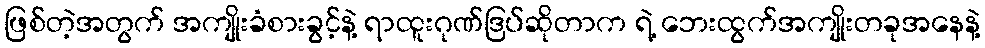
ဖြစ်တဲ့အတွက် အကျိုးခံစားခွင့်နဲ့ ရာထူးဂုဏ်ဒြပ်ဆိုတာက ရဲ့ ဘေးထွက်အကျိုးတခုအနေနဲ့